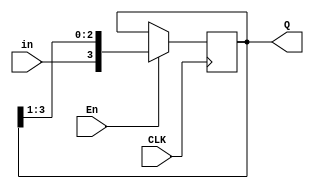
module ShiftReg_nbit(En, in, CLK, Q);
	parameter n = 4;
	input En, in, CLK;
	output [n-1:0] Q;
	reg [n-1:0] Q;
	
	initial
	Q=4'd10;
	always@(posedge CLK)
	begin
		if(En)
			Q = {in, Q[n-1:1]};
	end
endmodule